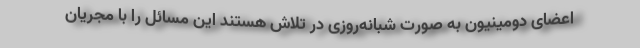
اعضای دومینیون به صورت شبانه‌روزی در تلاش هستند این مسائل را با مجریان